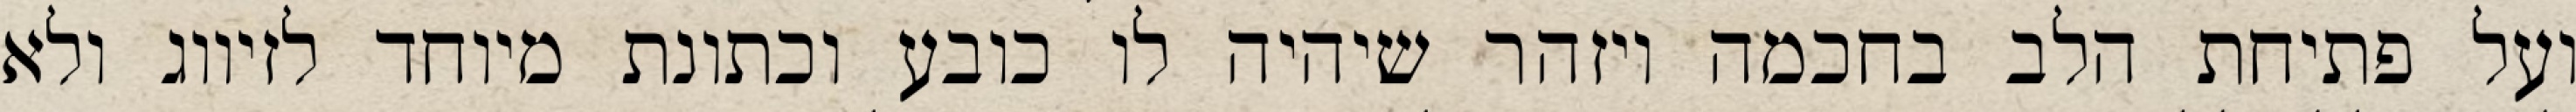
ועל פתיחת הלב בחכמה ויזהר שיהיה לו כובע וכתונת מיוחד לזיווג ולא